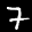
Label: 7